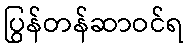
ပြွန်တန်ဆာဝင်ရ